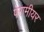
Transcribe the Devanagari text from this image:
पेरामीयर